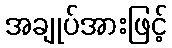
အချုပ်အားဖြင့်